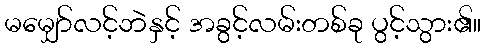
မမျှော်လင့်ဘဲနှင့် အခွင့်လမ်းတစ်ခု ပွင့်သွား၏။